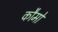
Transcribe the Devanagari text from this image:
कौमों